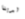
لدينا